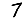
Digit: 7